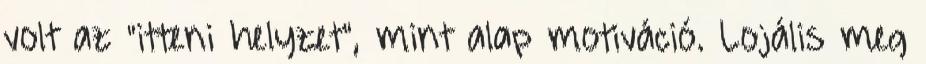
volt az "itteni helyzet", mint alap motiváció. Lojális meg